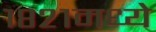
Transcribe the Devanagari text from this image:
१८२१मध्ये